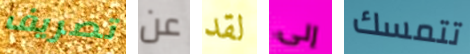
تصريف عن لقد إلى تتمسك